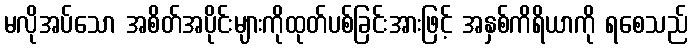
မလိုအပ်သော အစိတ်အပိုင်းများကိုထုတ်ပစ်ခြင်းအားဖြင့် အနှစ်ကိရိယာကို ရစေသည်